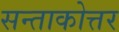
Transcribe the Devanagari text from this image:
सन्ताकोत्तर